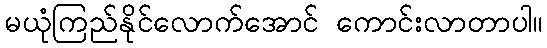
မယုံကြည်နိုင်လောက်အောင် ကောင်းလာတာပါ။